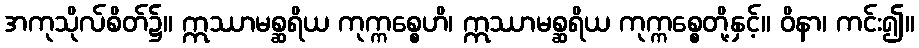
အကုသိုလ်စိတ်၌။ ဣဿာမစ္ဆရိယ ကုက္ကစ္စေဟိ၊ ဣဿာမစ္ဆရိယ ကုက္ကစ္စေတို့နှင့်။ ဝိနာ၊ ကင်း၍။